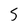
Character: 5